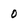
Character: 0